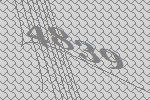
4839